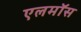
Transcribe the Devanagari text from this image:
एलमॉस